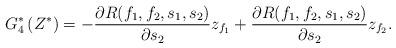
LaTeX: \begin{align*}G^*_4\left(Z^*\right)=-\dfrac{\partial R(f_1,f_2,s_1,s_2)}{\partial s_2}z_{f_1}+\dfrac{\partial R(f_1,f_2,s_1,s_2)}{\partial s_2}z_{f_2}.\end{align*}